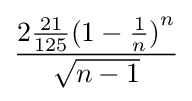
{\frac {2{\frac {21}{125}}{(1-{\frac {1}{n}})}^{n}}{\sqrt {n-1}}}